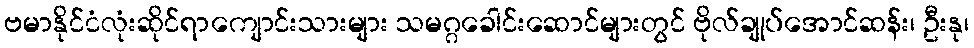
ဗမာနိုင်ငံလုံးဆိုင်ရာကျောင်းသားများ သမဂ္ဂခေါင်းဆောင်များတွင် ဗိုလ်ချုပ်အောင်ဆန်း၊ ဦးနု၊